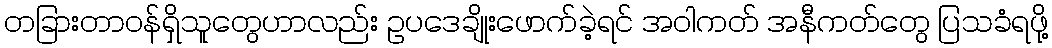
တခြားတာဝန်ရှိသူတွေဟာလည်း ဥပဒေချိုးဖောက်ခဲ့ရင် အဝါကတ် အနီကတ်တွေ ပြသခံရဖို့